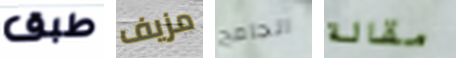
طبق مزيف الجامح مقالة